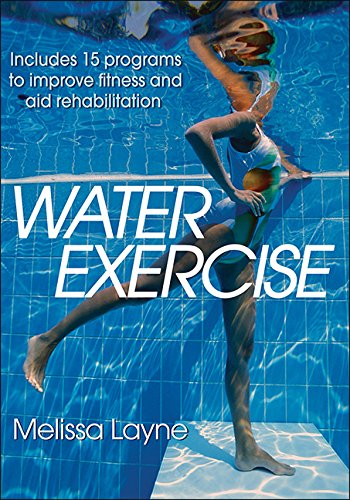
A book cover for Water Exercise; Melissa Layne; Sports & Outdoors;